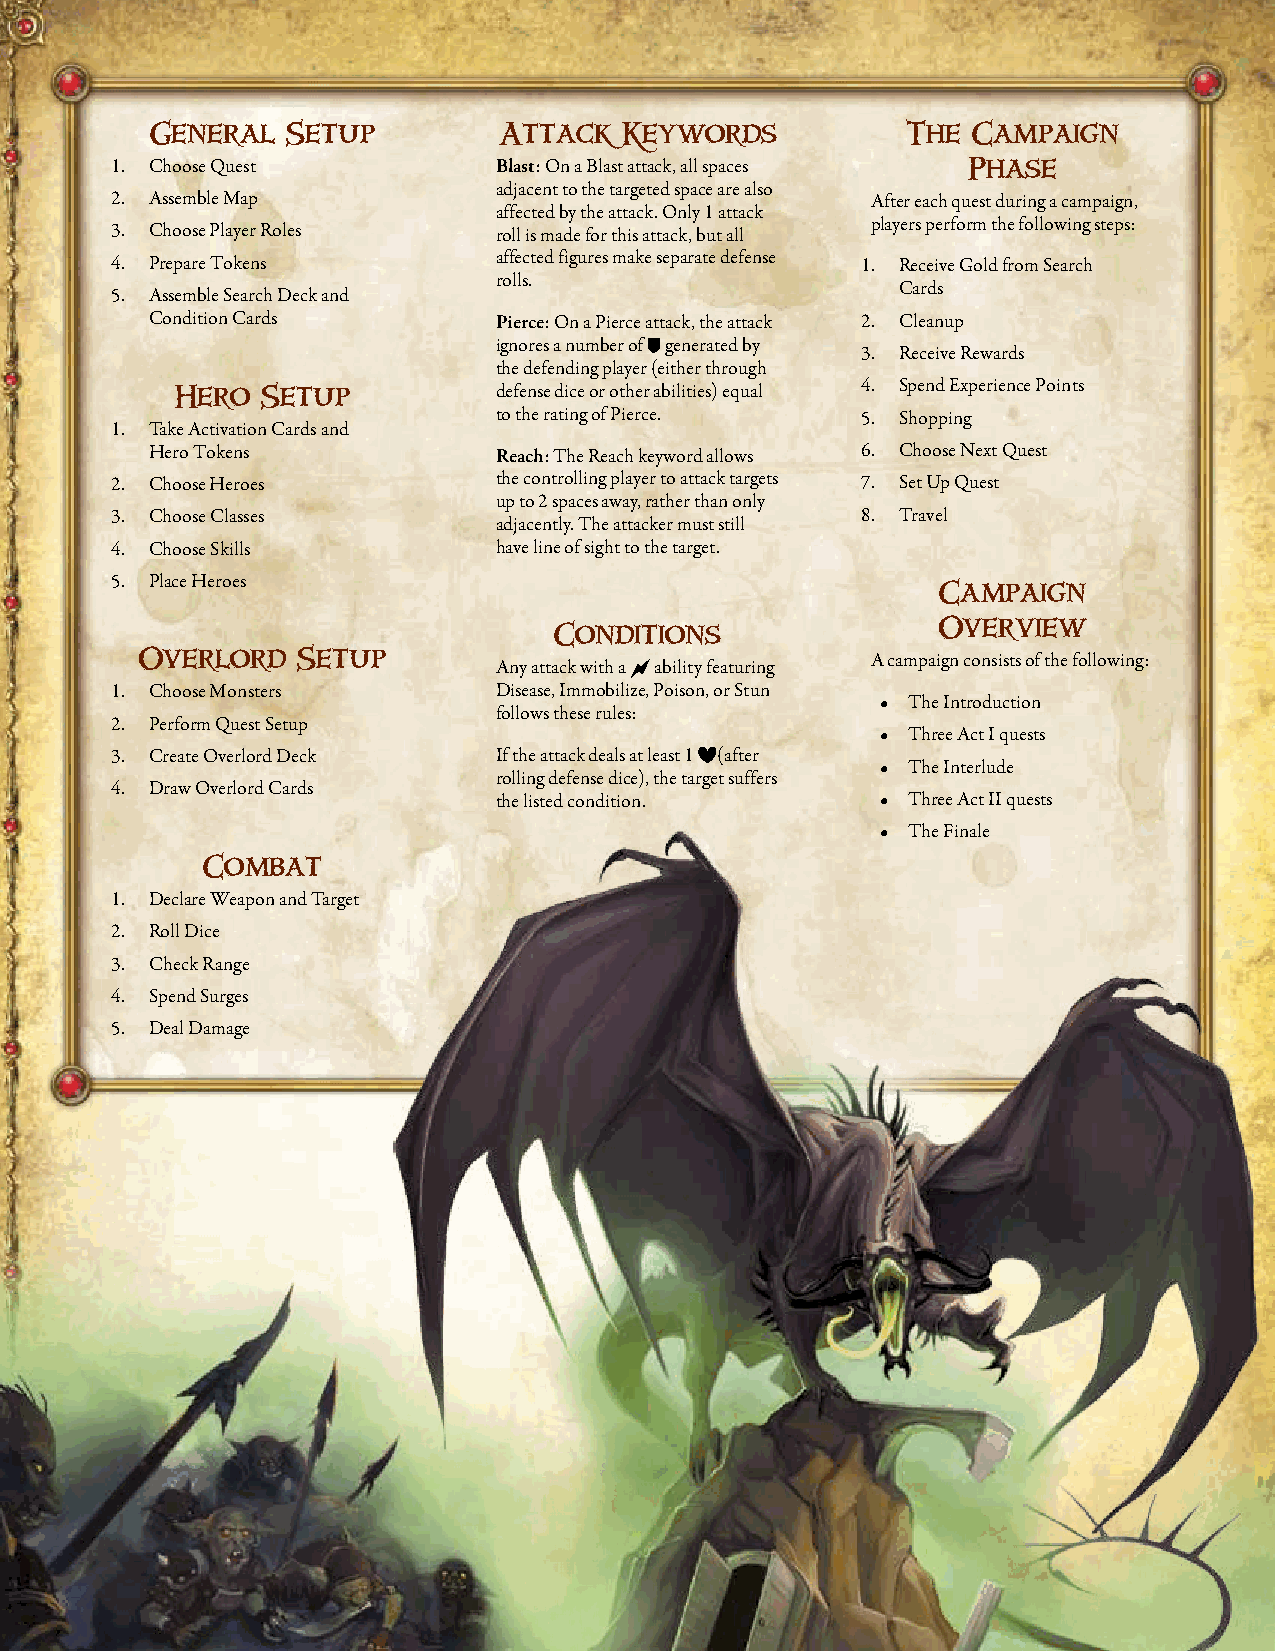
General  Setup         Attack  Keywords           The Campaign
 1. Choose Quest           Blast: On a Blast attack, all spaces Phase
 adjacent to the targeted space are also
 2. Assemble Map                                    After each quest during a campaign,
 affected by the attack. Only 1 attack
 players perform the following steps:
 3. Choose Player Roles    roll is made for this attack, but all
 4. Prepare Tokens         affected figures make separate defense 1. Receive Gold from Search
 rolls.
 Cards
 5. Assemble Search Deck and
 Condition Cards        Pierce: On a Pierce attack, the attack 2. Cleanup
 ignores a number of � generated by
 3. Receive Rewards
 the defending player (either through
 Hero Setup           defense dice or other abilities) equal 4. Spend Experience Points
 to the rating of Pierce. 5. Shopping
 1. Take Activation Cards and
 Hero Tokens            Reach: The Reach keyword allows 6. Choose Next Quest
 2. Choose Heroes          the controlling player to attack targets 7. Set Up Quest
 up to 2 spaces away, rather than only
 3. Choose Classes                                 8. Travel
 adjacently. The attacker must still
 4. Choose Skills          have line of sight to the target.
 5. Place Heroes
 Campaign
 Overview
 Conditions
 Overlord   Setup                                 A campaign consists of the following:
 Any attack with a � ability featuring
 1. Choose Monsters        Disease, Immobilize, Poison, or Stun
 • The Introduction
 follows these rules:
 2. Perform Quest Setup
 • Three Act I quests
 3. Create Overlord Deck   If the attack deals at least 1 �(after
 • The Interlude
 rolling defense dice), the target suffers
 4. Draw Overlord Cards
 the listed condition.    • Three Act II quests
 • The Finale
 Combat
 1. Declare Weapon and Target
 2. Roll Dice
 3. Check Range
 4. Spend Surges
 5. Deal Damage
 24